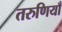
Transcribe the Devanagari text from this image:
तरुणियाँ